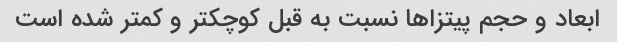
ابعاد و حجم پیتزاها نسبت به قبل کوچکتر و کمتر شده است